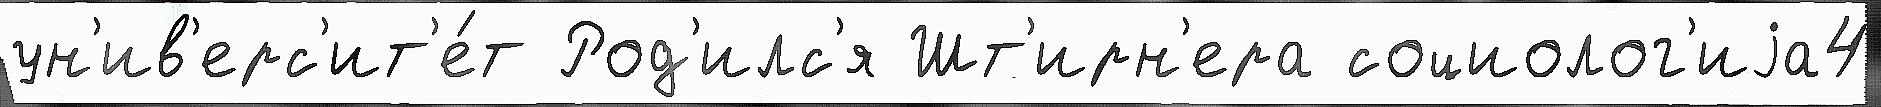
ун'ив'ерс'ит'е́т Род'илс'я Шт'ирн'ера социолог'иjа4